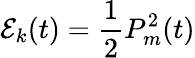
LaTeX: \mathcal{E}_{k}(t)=\frac{1}{2}P_{m}^{2}(t)